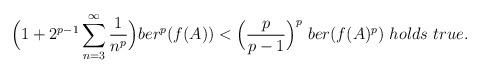
LaTeX: \begin{align*}\Big(1+ 2^{p-1}\displaystyle\sum_{n=3}^{\infty}\frac{1}{n^p}\Big)ber^p(f(A))< \Big(\frac{p}{p-1}\Big)^{p}~ber(f(A)^p) ~holds~ true.\end{align*}